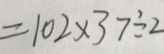
= 1 0 2 \times 3 7 \div 2